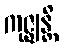
ကုဇ္ဈန္တိ